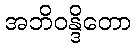
အဘိဝန္ဒိတော